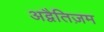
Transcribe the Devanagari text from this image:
अद्वैतिज़म